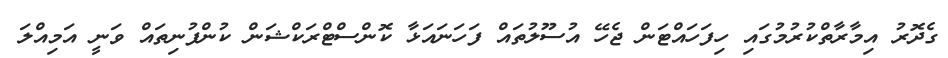
ގެދޮރު އިމާރާތްކުރުމުގައި ހިފަހައްޓަން ޖެހޭ އުސޫލުތައް ފަހަނައަޅާ ކޮންސްޓްރަކްޝަން ކުންފުނިތައް ވަނީ އަމިއްލަ